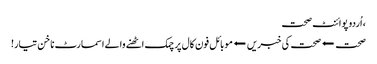
، اُردو پوائنٹ صحت
صحت ⬅صحت کی خبریں⬅موبائل فون کال پر چمک اٹھنے والے اسمارٹ ناخن تیار!